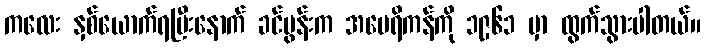
ကလေး နှစ်ယောက်ရပြီးနောက် ခင်ပွန်းက အမေရိကန်ကို ၁၉၆၁ မှာ ထွက်သွားပါတယ်။